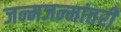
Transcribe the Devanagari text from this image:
जन्मजन्मांतरी